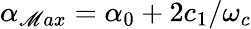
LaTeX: \alpha_{\mathscr{M}ax}=\alpha_{0}+2c_{1}/\omega_{c}